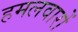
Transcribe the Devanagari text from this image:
हमलवारों